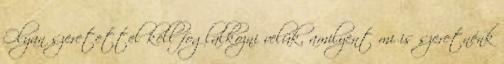
Olyan szeretettel kell foglalkozni velük, amilyent mi is szeretnénk